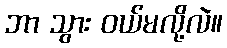
ဘာ သွား ဝယ်မလို့လဲ။